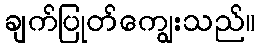
ချက်ပြုတ်ကျွေးသည်။